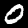
Label: 0